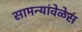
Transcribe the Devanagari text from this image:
सामन्यांवेळेस